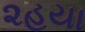
૨હયા